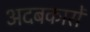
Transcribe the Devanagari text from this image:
अदबकारों